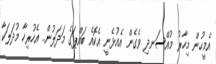
އެމީހުން މިހާރު މުއްސަނދި ވެގެން އެއުޅެނީ އެކޮއެ ބައްޕަގެ މަދަލުން.. އެހުރިހާ މުދަލަކާ